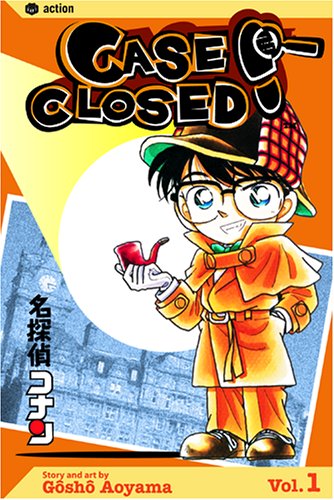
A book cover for Case Closed, Vol. 1; Gosho Aoyama; Comics & Graphic Novels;